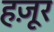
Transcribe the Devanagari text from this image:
हज़ूर